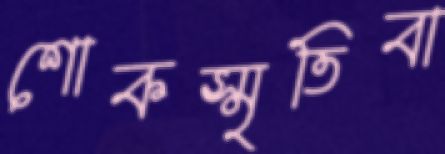
শোকস্মৃতিবা